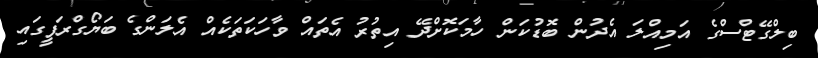
ބިލްގޭޓްސްގެ އަމިއްލަ އެދުން ބޮޑުކަން ހާމަކޮށްދޭ އިތުރު އެތައް ވާހަކަތަކެއް އެލަންގެ ބަޔޯގްރަފީގައި